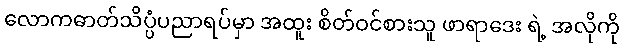
လောကဓာတ်သိပ္ပံပညာရပ်မှာ အထူး စိတ်ဝင်စားသူ ဖာရာဒေး ရဲ့ အလိုကို